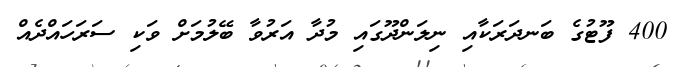
400 ފޫޓުގެ ބަނދަރަކާއި ނިލަންދޫގައި މުދާ އަރުވާ ބޭލުމަށް ވަކި ސަރަހައްދެއް